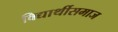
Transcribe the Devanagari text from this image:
विद्यार्थीसमाज